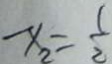
x _ { 2 } = \frac { 1 } { 2 }